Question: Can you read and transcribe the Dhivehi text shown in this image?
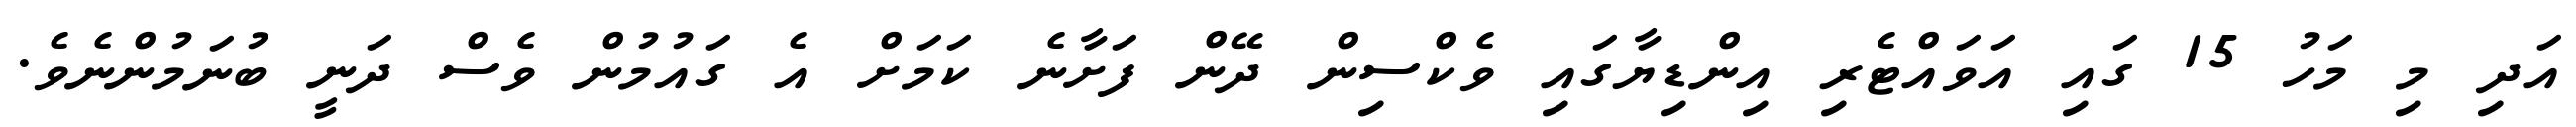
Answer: އަދި މި މަހު 15 ގައި އަވައްޓެރި އިންޑިޔާގައި ވެކްސިން ދޭން ފަށާނެ ކަމަށް އެ ގައުމުން ވެސް ދަނީ ބުނަމުންނެވެ.